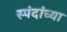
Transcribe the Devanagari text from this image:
स्पंदांच्या